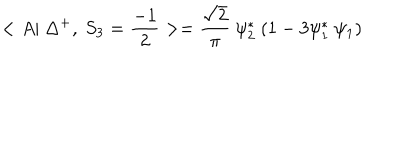
LaTeX: < A | ~ \Delta ^ { + } , ~ S _ { 3 } = \frac { - 1 } { 2 } > = \frac { \sqrt { 2 } } { \pi } ~ \psi _ { 2 } ^ { * } ~ ( 1 - 3 \psi _ { 1 } ^ { * } ~ \psi _ { 1 } )